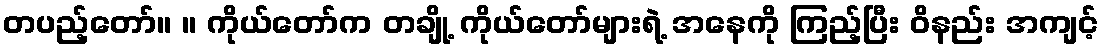
တပည့်တော်။ ။ ကိုယ်တော်က တချို့ ကိုယ်တော်များရဲ့ အနေကို ကြည့်ပြီး ဝိနည်း အကျင့်